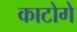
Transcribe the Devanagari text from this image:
काटोगे